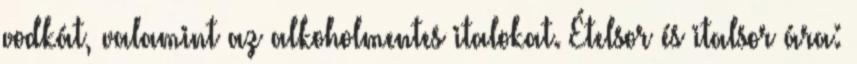
vodkát, valamint az alkoholmentes italokat. Ételsor és italsor ára: